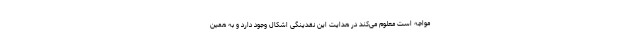
مواجه است معلوم می‌کند در هدایت این نقدینگی اشکال وجود دارد و به همین